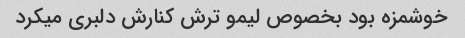
خوشمزه بود بخصوص لیمو ترش کنارش دلبری میکرد